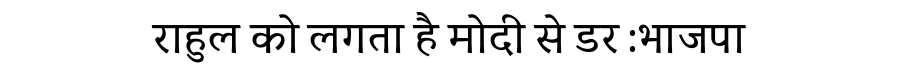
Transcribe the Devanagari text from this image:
राहुल को लगता है मोदी से डर :भाजपा